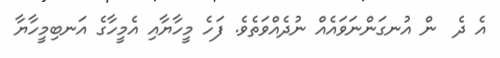
އެ ދެ  ން އުނގަންނަވައެއް ނުދެއްވަތެވެ. ފަހެ މީހާޔާއި އެމީހާގެ އަނބިމީހާޔާ